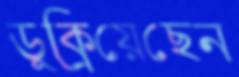
ডুক্‌রিয়েছেন